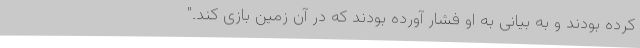
کرده بودند و به بیانی به او فشار آورده بودند که در آن زمین بازی کند."